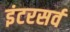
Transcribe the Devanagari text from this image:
इंटरसर्व